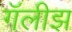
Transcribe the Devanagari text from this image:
गॅलीझ